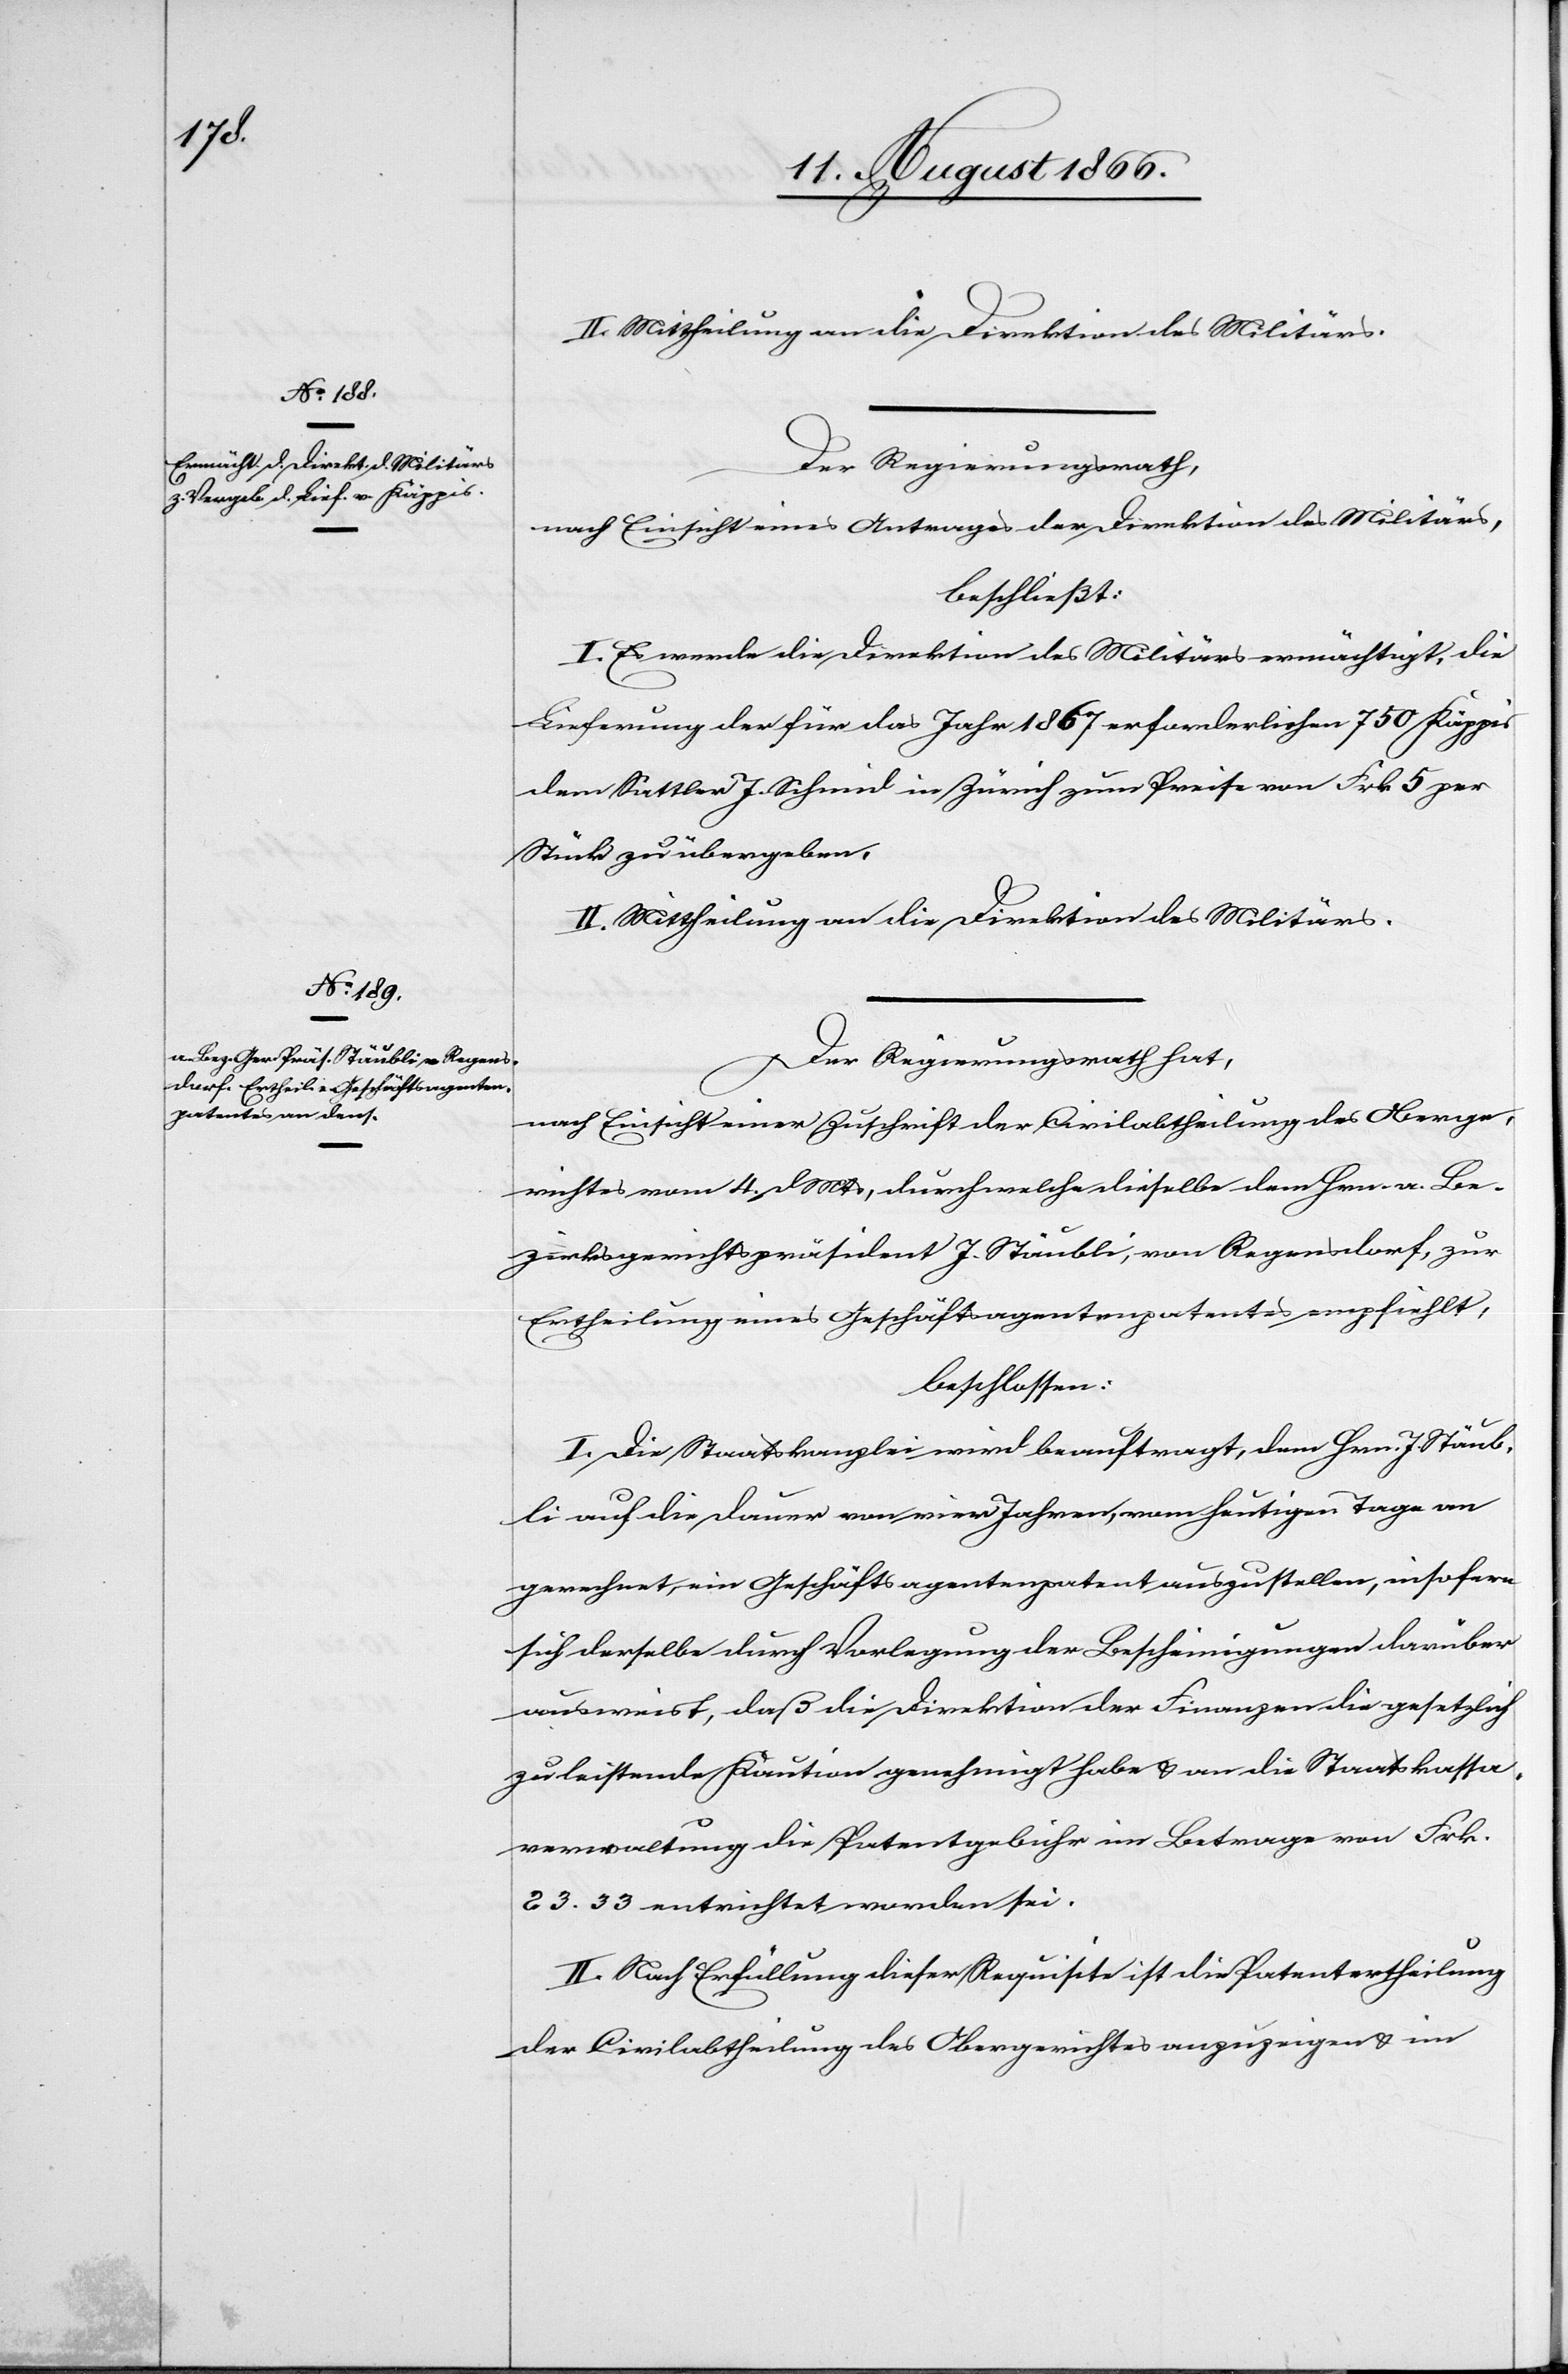
II. Mittheilung an die Direktion des Militärs.
Der Regierungsrath,
nach Einsicht eines Antrages der Direktion des Militärs,
beschließt:
I. Es werde die Direktion des Militärs ermächtigt, die
Lieferung der für das Jahr 1867 erforderlichen 750 Käppis
dem Sattler J. Schmid in Zürich zum Preise von Frk. 5 per
Stück zu übergeben.
II. Mittheilung an die Direktion des Militärs.
Der Regierungsrath hat,
nach Einsicht einer Zuschrift der Civilabtheilung des Oberge¬
richtes vom 4. dMts, durch welche dieselbe dem [recte: den]
Bezirksgerichtspräsident J. Stäubli, von Regensdorf, zur
Ertheilung eines Geschäftsagentenpatentes empfiehlt,
beschlossen:
I. Die Staatskanzlei wird beauftragt, dem Hrn. J. Stäub¬
li auf die Dauer von vier Jahren, vom heutigen Tage an
gerechnet, ein Geschäftsagentenpatent auszustellen, insofern
sich derselbe durch Vorlegung der Bescheinigungen darüber
ausweist, daß die Direktion der Finanzen die gesetzlich
zu leistende Kaution genehmigt habe u. an die Staatskassen¬
verwaltung die Patentgebühr im Betrage von Frk.
23.33 entrichtet worden sei.
II. Nach Erfüllung dieser Requisite ist die Patentertheilung
der Civilabtheilung des Obergerichtes anzuzeigen u. im